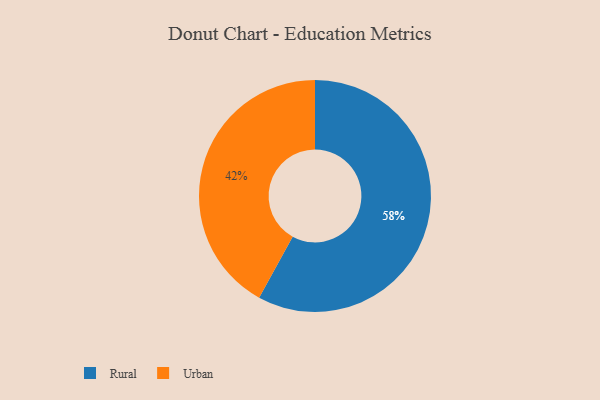
{"axis": {"x": "Category", "y": "Percentage"}, "legend": ["Rural", "Urban"], "data": [{"x": "Urban", "y": 42, "type": "Urban"}, {"x": "Rural", "y": 58, "type": "Rural"}]}